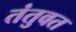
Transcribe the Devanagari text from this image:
तंतुवत